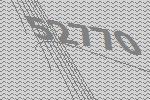
52770